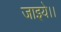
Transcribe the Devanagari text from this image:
जाइये।।